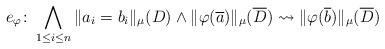
LaTeX: \begin{align*}e_\varphi\colon \bigwedge_{1\leq i \leq n} \|a_i = b_i\|_{\mu}(D) \wedge \|\varphi(\overline a)\|_{\mu}(\overline D) \leadsto \|\varphi(\overline b)\|_{\mu}(\overline D)\end{align*}